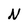
Character: N